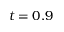
t = 0 . 9